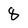
Character: 8